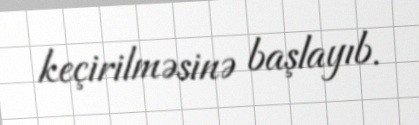
keçirilməsinə başlayıb.